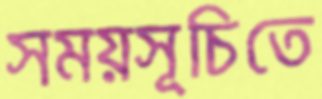
সময়সূচিতে